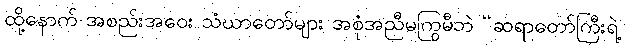
ထို့နောက် အစည်းအဝေး သံဃာတော်များ အစုံအညီမကြွမီဘဲ “ဆရာတော်ကြီးရဲ့